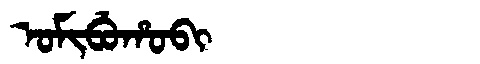
Manchu: ᠣᠮᡳᠪᡠᡥᠣᠪᡳ
Romanization: OMIBUHOBI